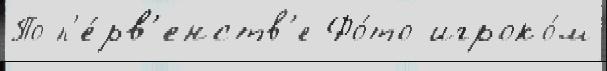
По п'е́рв'енств'е Фо́то игроко́м